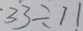
3 3 \div 1 1